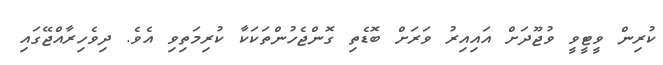
ކުރިން ވީޓީވީ ވުޖޫދަށް އައިއިރު ވަރަށް ބޮޑެތި ގޮންޖެހުންތަކަކާ ކުރިމަތިވި އެވެ. ދިވެހިރާއްޖޭގައި